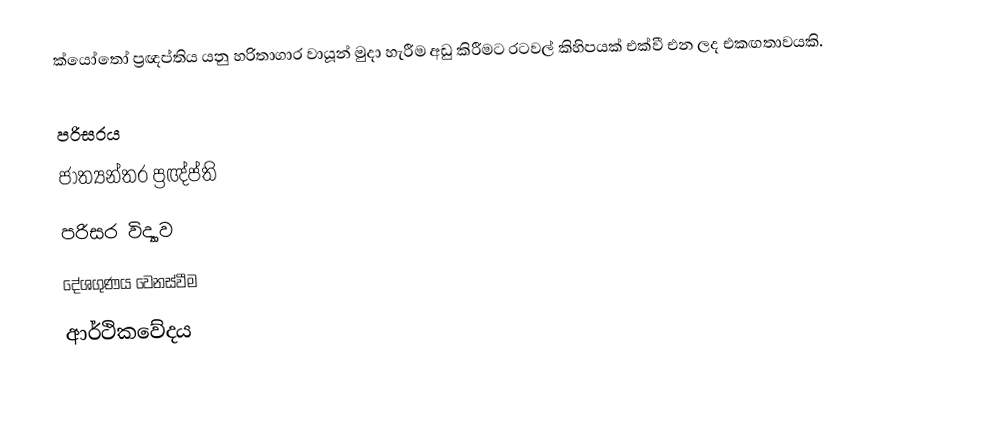
ක්යෝතෝ ප්‍රඥප්තිය යනු හරිතාගාර වායූන් මුදා හැරීම අඩු කිරීමට රටවල් කිහිපයක් එක්වී එන ලද එකඟතාවයකි.

පරිසරය
ජාත්‍යන්තර ප්‍රඥ්ප්ති
පරිසර විද්‍යාව
දේශගුණය වෙනස්වීම
ආර්ථිකවේදය